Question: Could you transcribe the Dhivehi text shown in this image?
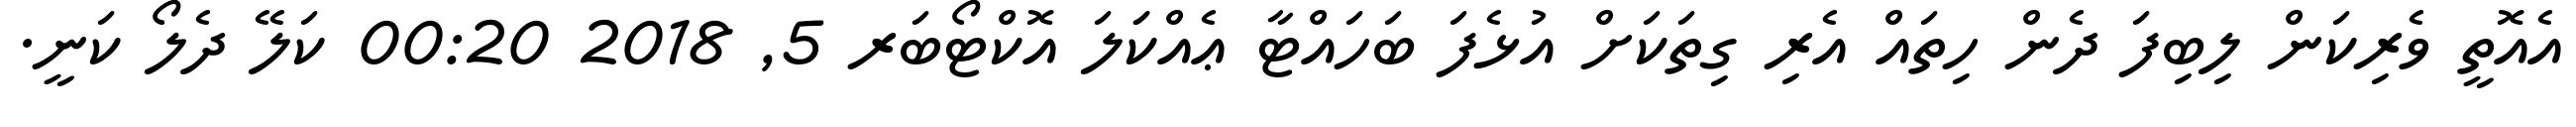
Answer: އެއޮތީ ވެރިކަން ލިބިފަ ދެން ހިތައް އެރި ގިތަކަށް އުޅެފަ ބަހައްޓާ ޢެއްކަަލަ އޮކްޓޯބަރ 5, 2018 00:20 ކަލޭ ދެލޯ ކަނީ.